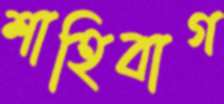
শাহিবাগ